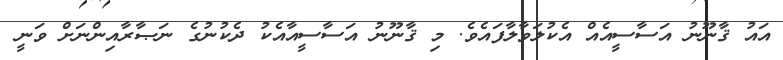
އައު ޤާނޫނު އަސާސީއެއް އެކުލަވާލާފައެވެ. މި ޤާނޫނު އަސާސީއާއެކު ދެކުނުގެ ނަޞާރާއިންނަށް ވަނީ